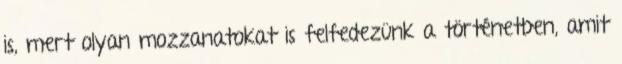
is, mert olyan mozzanatokat is felfedezünk a történetben, amit